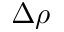
\Delta \rho